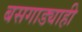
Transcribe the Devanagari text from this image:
बसगाड्याही